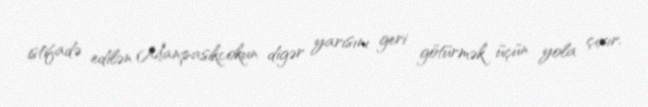
istifadə edilən Manpasikcokun digər yarısını geri götürmək üçün yola çıxır.